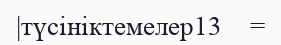
|түсініктемелер13    =